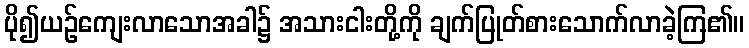
ပို၍ယဉ်ကျေးလာသောအခါ၌ အသားငါးတို့ကို ချက်ပြုတ်စားသောက်လာခဲ့ကြ၏။